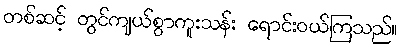
တစ်ဆင့် တွင်ကျယ်စွာကူးသန်း ရောင်းဝယ်ကြသည်။